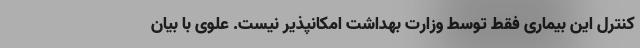
کنترل این بیماری فقط توسط وزارت بهداشت امکانپذیر نیست. علوی با بیان